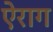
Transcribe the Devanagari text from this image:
ऐराग